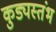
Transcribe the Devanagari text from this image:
कुड्यस्तंभ